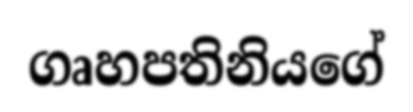
ගෘහපතිනියගේ